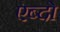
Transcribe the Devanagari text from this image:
एब्दो